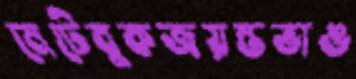
মেটেবুকজয়ন্তভাঙ